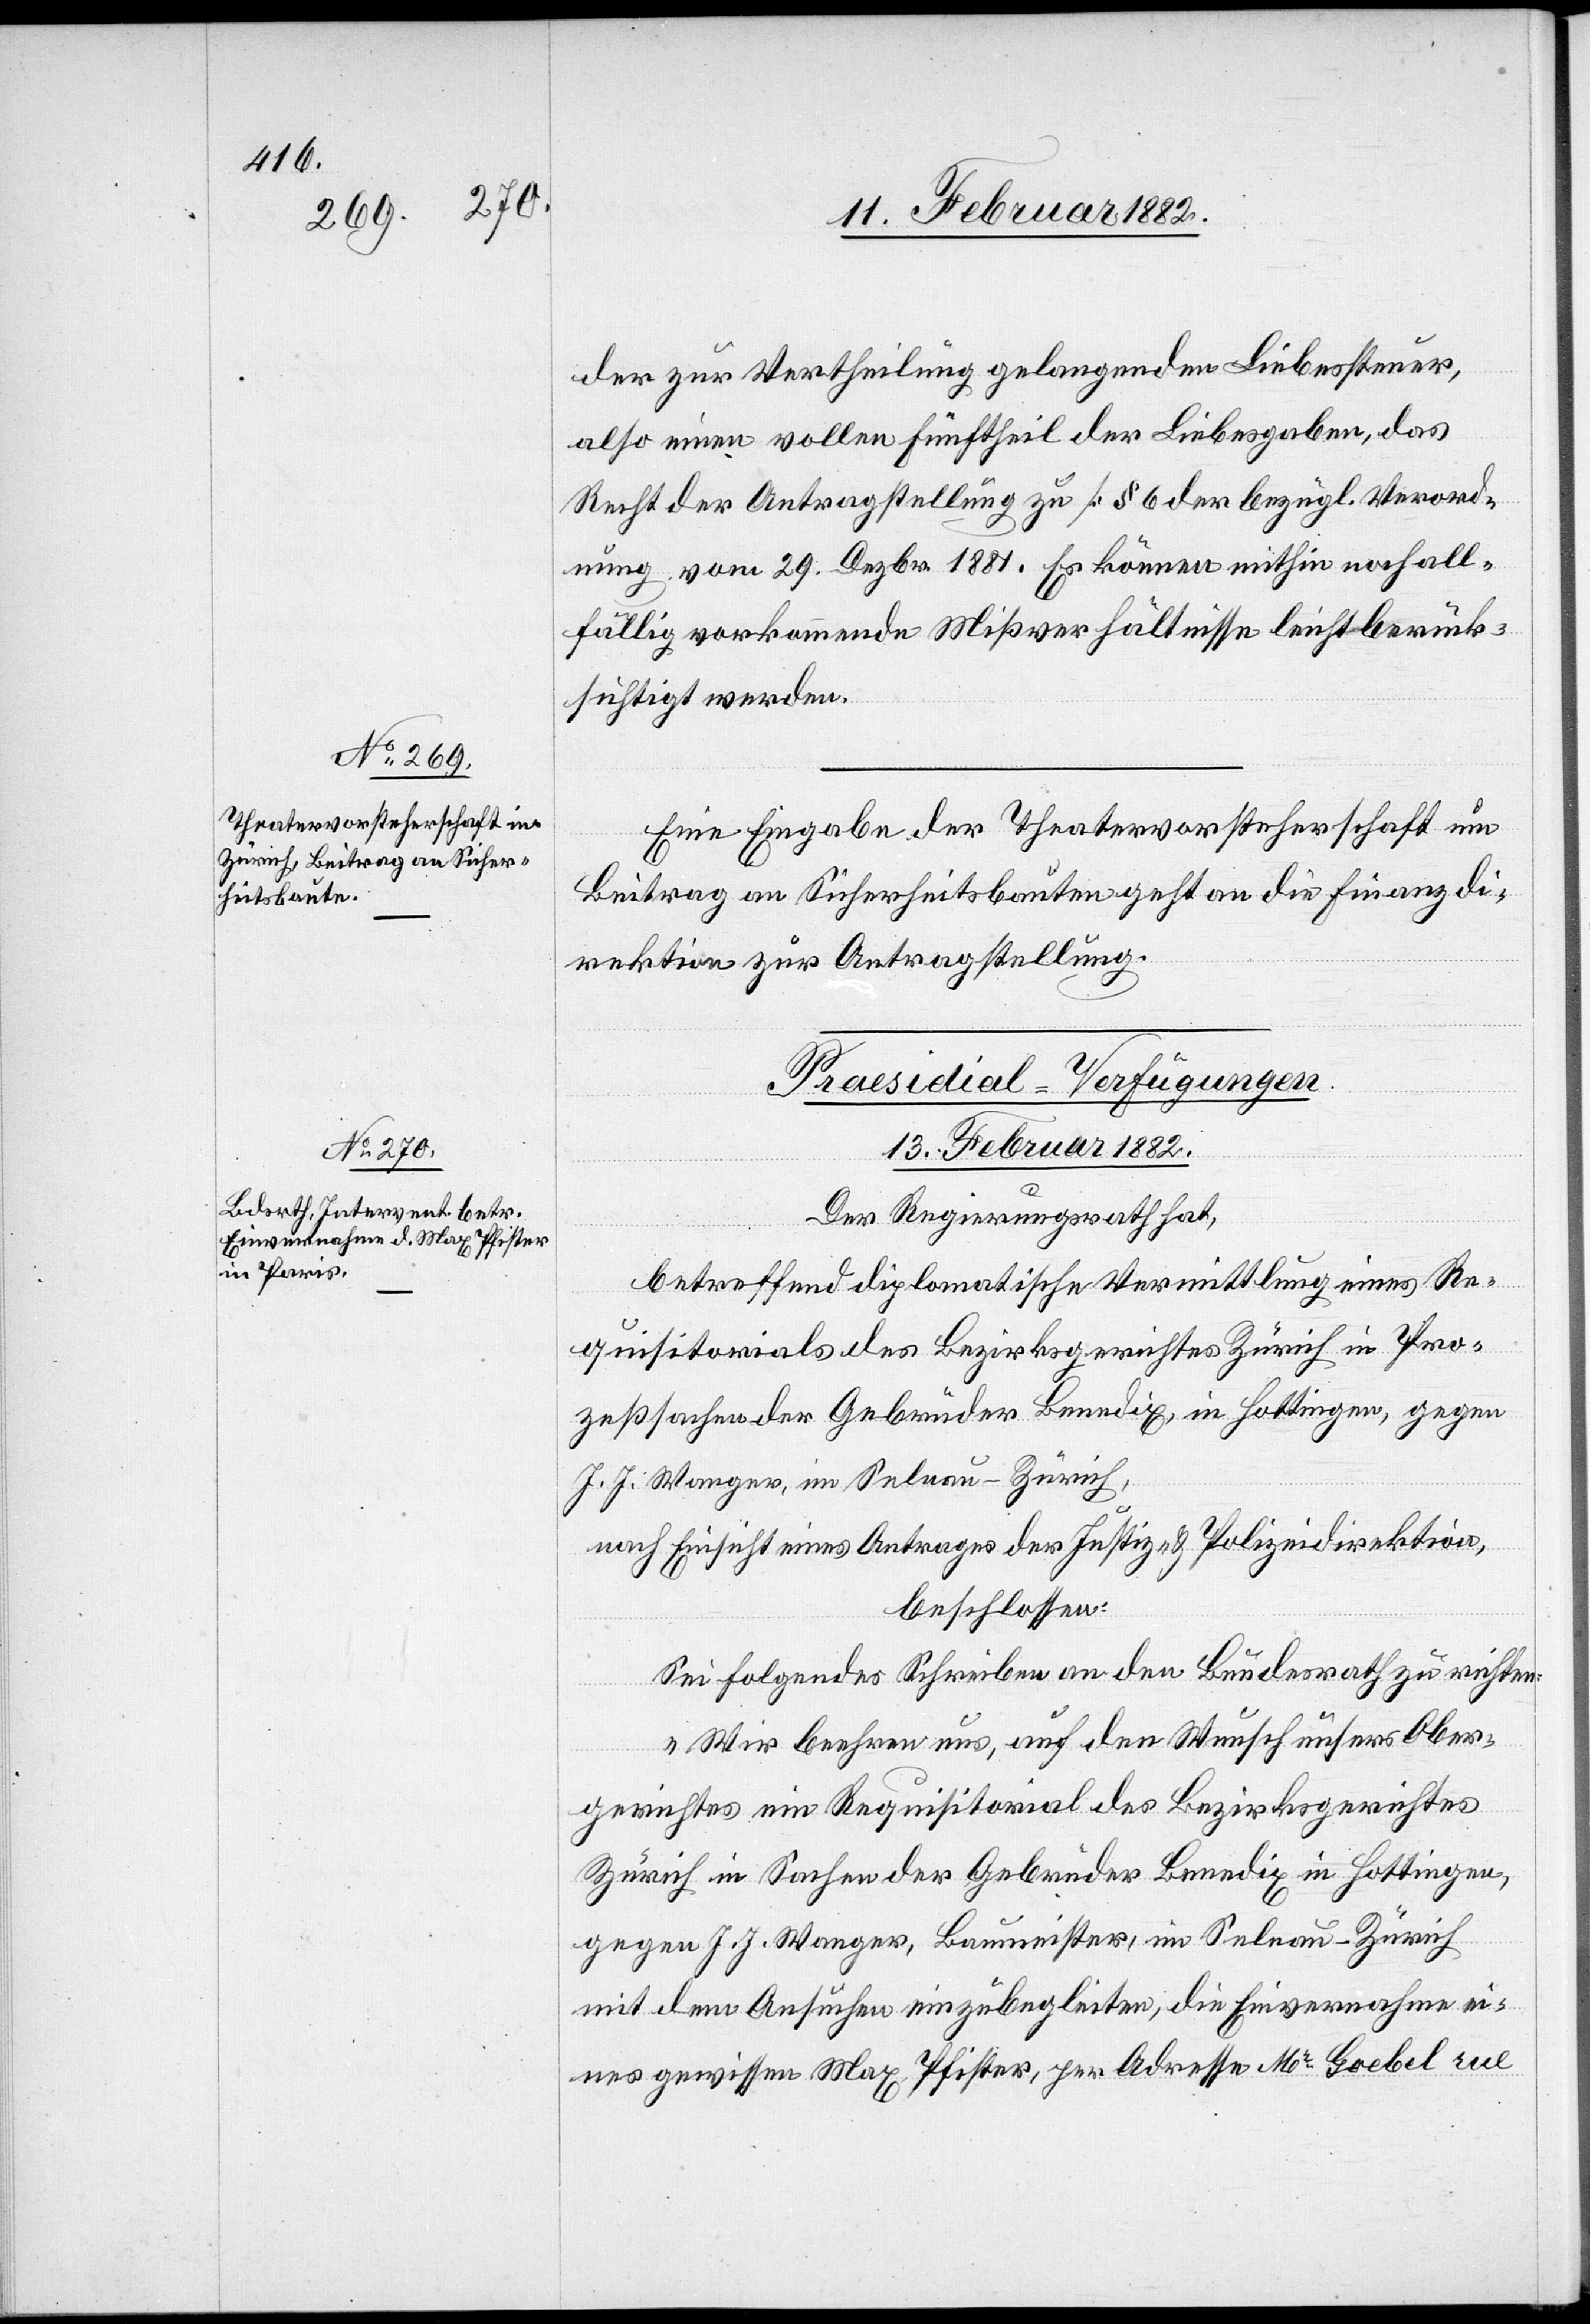
der zur Vertheilung gelangenden Liebessteuer,
also einen vollen Fünftheil der Liebesgaben, das
Recht der Antragstellung zu [§ 6 der bezügl. Verord¬
nung vom 29. Dezbr. 1881]. Es können mithin noch all¬
fällig vorkommende Mißverhältnisse leicht berück¬
sichtigt werden.
Eine Eingabe der Theatervorsteherschaft um
Beitrag am Sicherheitsbaute geht an die Finanzdi¬
rektion zur Antragstellung.
Präsidial-Verfügungen
13. Februar 1882.
Der Regierungsrath hat,
betreffend diplomatische Vermittlung eines Re¬
quisitorials des Bezirksgerichtes Zürich in Pro¬
zeßsachen der Gebrüder Benedix, in Hottingen, gegen
J. J. Wanger, in Selnau - Zürich,
nach Einsicht eines Antrages der Justiz- & Polizeidirektion,
beschlossen:
Sei folgendes Schreiben an den Bundesrath zu richten:
„Wir beehren uns, auf den Wunsch unseres Ober¬
gerichtes ein Requisitorial des Bezirksgerichtes
Zürich in Sachen der Gebrüder Benedix in Hottingen,
gegen J. J. Wanger, Baumeister, in Selnau - Zürich
mit dem Ansuchen einzubegleiten, die Einvernahme ei¬
nes gewissen Max Pfister, per Adresse Mr Goebel rue